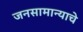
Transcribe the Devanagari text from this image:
जनसामान्याचे